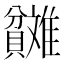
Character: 𬥬